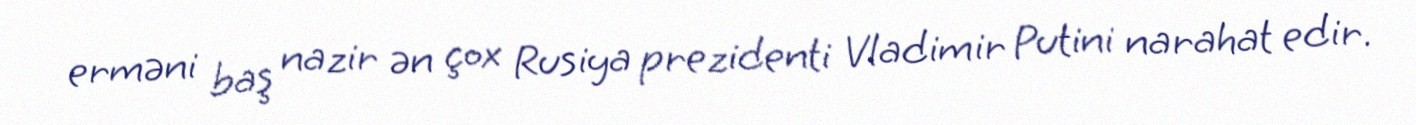
erməni baş nazir ən çox Rusiya prezidenti Vladimir Putini narahat edir.